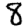
Digit: 8